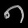
Digit: ၈